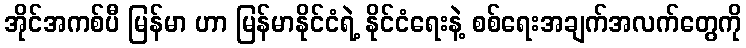
အိုင်အကစ်ပီ မြန်မာ ဟာ မြန်မာနိုင်ငံရဲ့ နိုင်ငံရေးနဲ့ စစ်ရေးအချက်အလက်တွေကို